Report on malaria in the Punjab during the year ...  together with an account of the work of the Punjab Malaria Bureau - Volume 5
Disease focus: Malaria
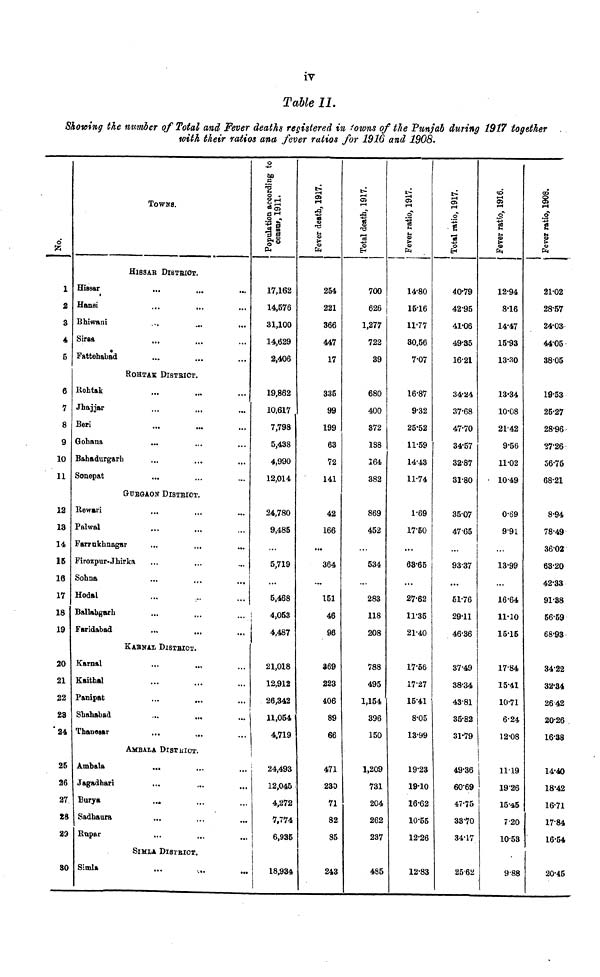
iv
Table 11.
Showing the number of Total and Fever deaths registered in towns of the Punjab during 1917 together
with their ratios ana fever ratios for 1916 and 1908.
No.
1
2
3
4
5
6
7
8
9
10
11
12
13
14
15
16
17
18
19
20
21
22
23
24
25
26
27
28
29
80
TOWNS.
HlSSAR DlSTRIOT.
Hissar
...
Hansi
Bhiwani
...
...
„.
Sirea
Fattehabad
ROHTAK DISTRICT.
iohtak
Jhajjar
Beri
Gohana
Bahadurgarh
Sonepat
...
GURGAON DlSTRICT.
Rewari
Palwal
Farrukhnagar
Firozpur-Jhirka
Sohna
...
...
...
Hodal
Ballabgarh
Faridabad
KARNAL DISTRICT.
Karnal
Kaithal
Panipat
...
...
Shahabad
Thanesar
AMBALA DlSTRICT.
Ambala
....
Jagadhari
Burya
...
Sadhaura
...
...
...
Rupar
SIMLA DISTRICT.
Simla
ing to
accord:
1911
Popuation
centre
17,162
14,576
31,100
14,629
2,406
19,862
10,617
7,798
5,438
4,990
12,014
24,780
9,485
5,719
...
5,468
4,053
4,487
21,018
12,912
26,342
11,054
4,719
i
24,493
12,045
4,272
7,774
6,935
1
18,934
1917
1977
death
Fever
254
221
366
447
17
335
99
199
63
72
141
42
166
...
364
...
151
46
96
369
223
406
89
66
471
230
71
82
85
243
1917.
Total Death
700
626
1,277
722
39
680
400
372
188
164
382
869
452
534
...
283
118
208
788
495
1,154
396
150
1,209
731
204
262
237
485
1917.
ratio,
| Fever
14.80
15.16
11.77
30.56
7.07
16.87
9.32
25.52
11.59
14.43
11.74
1.69
17.50
...
63.65
...
27.62
11.35
21.40
17.56
17.27
15.41
8.05
13.99
19.23
19.10
16.62
10.55
12.26
12.83
1917.
ratio,
Total
40.79
42.95
41.06
49.35
16.21
34.24
37.68
47.70
34.57
32.87
31.80
35.07
47.65
93.37
...
51.76
29.11
46.36
37.49
38.34
43.81
35.82
31.79
49.36
60.69
47.75
33.70
34-17.
2562
1916.
ratio
Fever
12.94
8.16
14.47
15.93
13.30
13.34
10.08
2142
9.56
11.02
10.49
0.69
991
13.99
...
16.64
11.10
15.15
17.84
15.41
10.71
6.24
12.08
1119
19.26
15.45
7.20
10.53
9.88
1908.
21.02
28.57
24.03
44.05
38.05
19.53
25.27
28.96
27.26
56.75
68.21
8.94
78.49
36.02
63.20
42.33
91.38
56.59
68.93
34.22
32.34
26 42
20.26
16.38
14.40
18.42
16.71
17.84
16.54
20.45